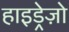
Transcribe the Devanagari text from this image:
हाइड्रेज़ो